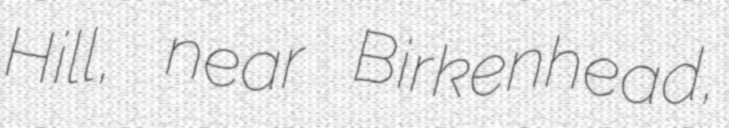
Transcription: Hill, near Birkenhead,